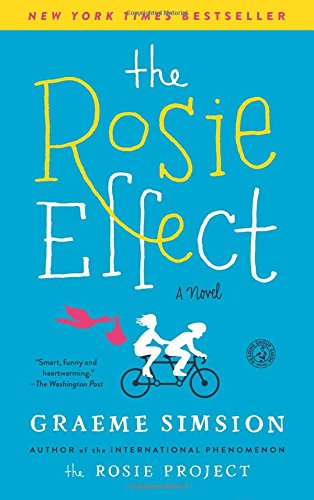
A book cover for The Rosie Effect: A Novel; Graeme Simsion; Romance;